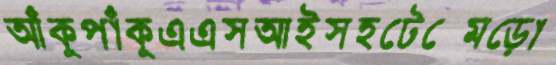
আঁকুপাঁকুএএসআইসহটেক্‌মেড়ো